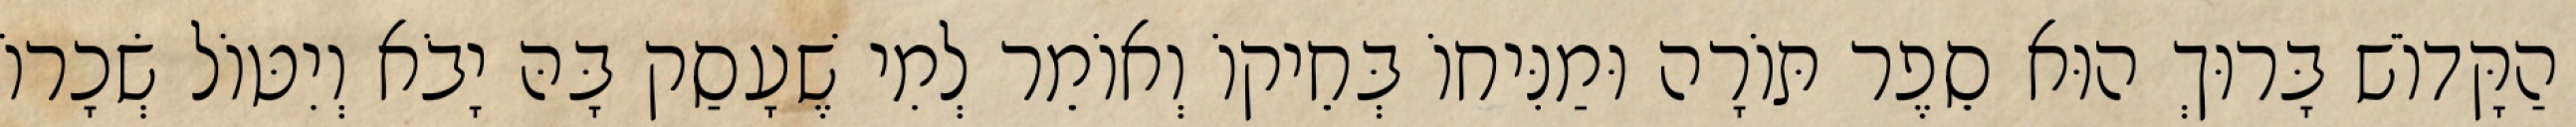
הַקָּדוֹשׁ בָּרוּךְ הוּא סֵפֶר תּוֹרָה וּמַנִּיחוֹ בְּחֵיקוֹ וְאוֹמֵר לְמִי שֶׁעָסַק בָּהּ יָבֹא וְיִטּוֹל שְׂכָרוֹ